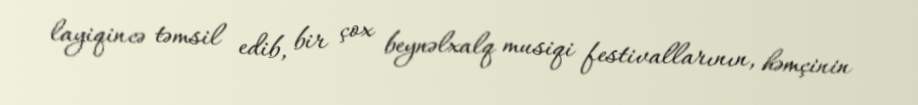
layiqincə təmsil edib, bir çox beynəlxalq musiqi festivallarının, həmçinin